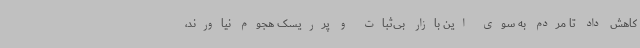
کاهش داد تا مردم به سوی این بازار بی‌ثبات و پرریسک هجوم نیاورند،